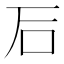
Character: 𥐖